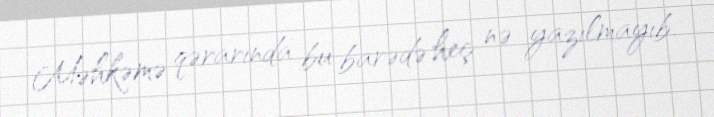
Məhkəmə qərarında bu barədə heç nə yazılmayıb.